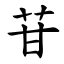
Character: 苷